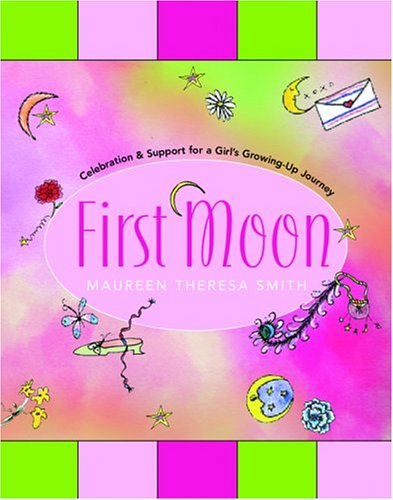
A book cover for First Moon: Celebration and Support for a Girl's Growing-Up Journey; Maureen Theresa Smith; Teen & Young Adult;